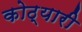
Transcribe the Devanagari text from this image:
कोठ्यारी